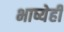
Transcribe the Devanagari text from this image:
भाष्येही